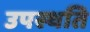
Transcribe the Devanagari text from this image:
उपस्थति